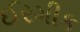
ઈરમીક